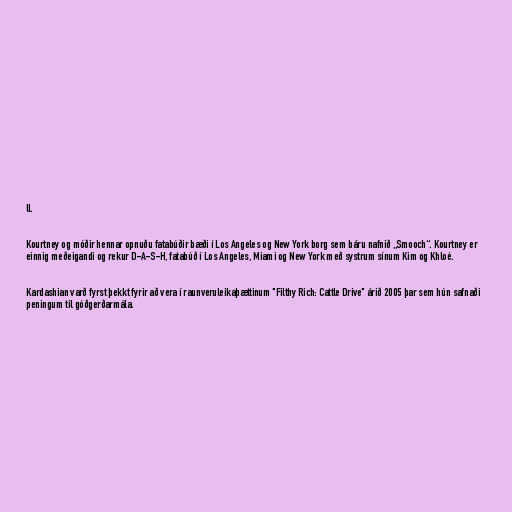
ll.

Kourtney og móðir hennar opnuðu fatabúðir bæði í Los Angeles og New York borg sem báru nafnið „Smooch“. Kourtney er
einnig meðeigandi og rekur D-A-S-H, fatabúð í Los Angeles, Miami og New York með systrum sínum Kim og Khloé.

Kardashian varð fyrst þekkt fyrir að vera í raunveruleikaþættinum "Filthy Rich: Cattle Drive" árið 2005 þar sem hún safnaði
peningum til góðgerðarmála.